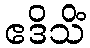
ဧဒိသိံ